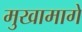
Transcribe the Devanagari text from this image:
मुखामागे